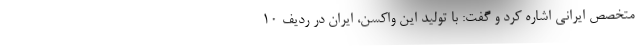
متخصص ایرانی اشاره کرد و گفت: با تولید این واکسن، ایران در ردیف ۱۰